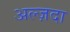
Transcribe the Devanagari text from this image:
अल्ज़दा